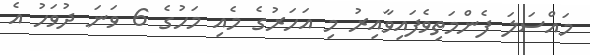
މައްސަލަ ފެންމަތިވެފައިވާއިރު މި އަހަރުގެ މެއި މަހުގެ 6 ވަނަ ދުވަހު އެ